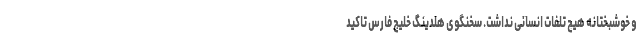
و خوشبختانه هیچ تلفات انسانی نداشت. سخنگوی هلدینگ خلیج فارس تاکید